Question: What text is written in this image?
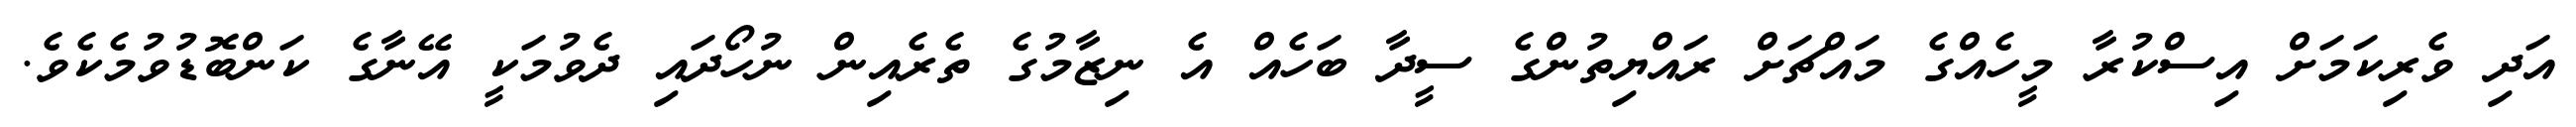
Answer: އަދި ވެރިކަމަށް އިސްކުރާ މީހެއްގެ މައްޗަށް ރައްޔިތުންގެ ސީދާ ބަހެއް އެ ނިޒާމުގެ ތެރެއިން ނުހޯދައި ދެވުމަކީ އޭނާގެ ކަންބޮޑުވުމެކެވެ.